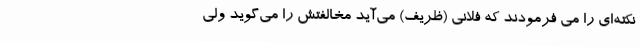
نکته‌ای را می فرمودند که فلانی (ظریف) می‌آید مخالفتش را می‌گوید ولی